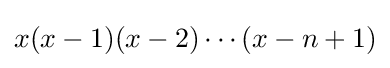
{\textstyle x(x-1)(x-2)\cdots (x-n+1)}